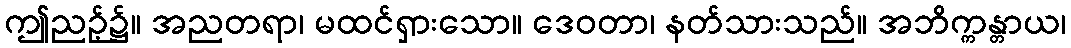
ဤညဉ့်၌။ အညတရာ၊ မထင်ရှားသော။ ဒေဝတာ၊ နတ်သားသည်။ အဘိက္ကန္တာယ၊